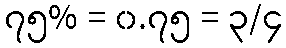
၇၅% = ၀.၇၅ = ၃/၄